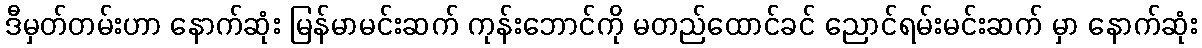
ဒီမှတ်တမ်းဟာ နောက်ဆုံး မြန်မာမင်းဆက် ကုန်းဘောင်ကို မတည်ထောင်ခင် ညောင်ရမ်းမင်းဆက် မှာ နောက်ဆုံး